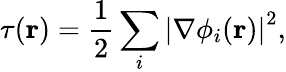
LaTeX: \tau(\mathbf{r})=\frac{1}{2}\sum_{i}\left|\nabla\phi_{i}(\mathbf{r})\right|^{2},